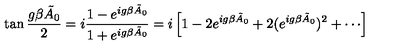
\tan { \frac { g \beta \tilde { A } _ { 0 } } { 2 } } = i { \frac { 1 - e ^ { i g \beta \tilde { A } _ { 0 } } } { 1 + e ^ { i g \beta \tilde { A } _ { 0 } } } } = i \left[ 1 - 2 e ^ { i g \beta \tilde { A } _ { 0 } } + 2 ( e ^ { i g \beta \tilde { A } _ { 0 } } ) ^ { 2 } + \cdots \right]